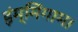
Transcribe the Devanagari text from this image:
इंम्मिंगाम।